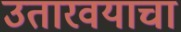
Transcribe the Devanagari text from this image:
उतारवयाचा